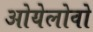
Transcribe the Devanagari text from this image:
ओयेलोवो